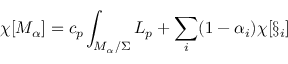
\chi [ { \cal M } _ { \alpha } ] = c _ { p } \int _ { { \cal M } _ { \alpha } / \Sigma } { \cal L } _ { p } + \sum _ { i } ( 1 - \alpha _ { i } ) \chi [ \S _ { i } ]